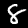
Digit: 8